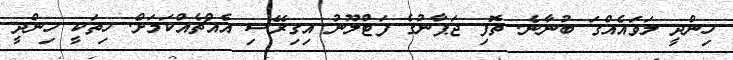
ހިންދީ ލަވައެއްގަ ބުނާނެ. ތޮފި ޖަޕާނުގެ ފަޓްލޫނު އިގިރޭސި އެއްޗެއްކަމަށް. ހިތަކީ ހިންދީ